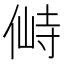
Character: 𰂛